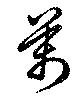
万